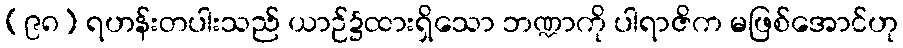
(၉၈) ရဟန်းတပါးသည် ယာဉ်၌ထားရှိသော ဘဏ္ဍာကို ပါရာဇိက မဖြစ်အောင်ဟု